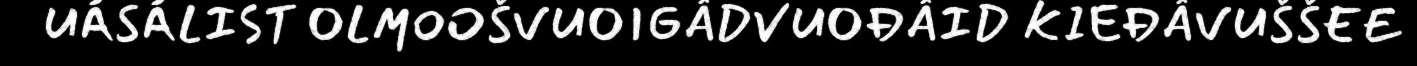
UÁSÁLIST OLMOOŠVUOIGÂDVUOĐÂID KIEĐÂVUŠŠEE